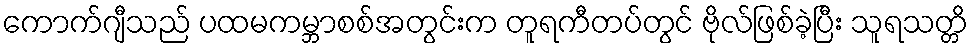
ကောက်ဂျီသည် ပထမကမ္ဘာစစ်အတွင်းက တူရကီတပ်တွင် ဗိုလ်ဖြစ်ခဲ့ပြီး သူရသတ္တိ